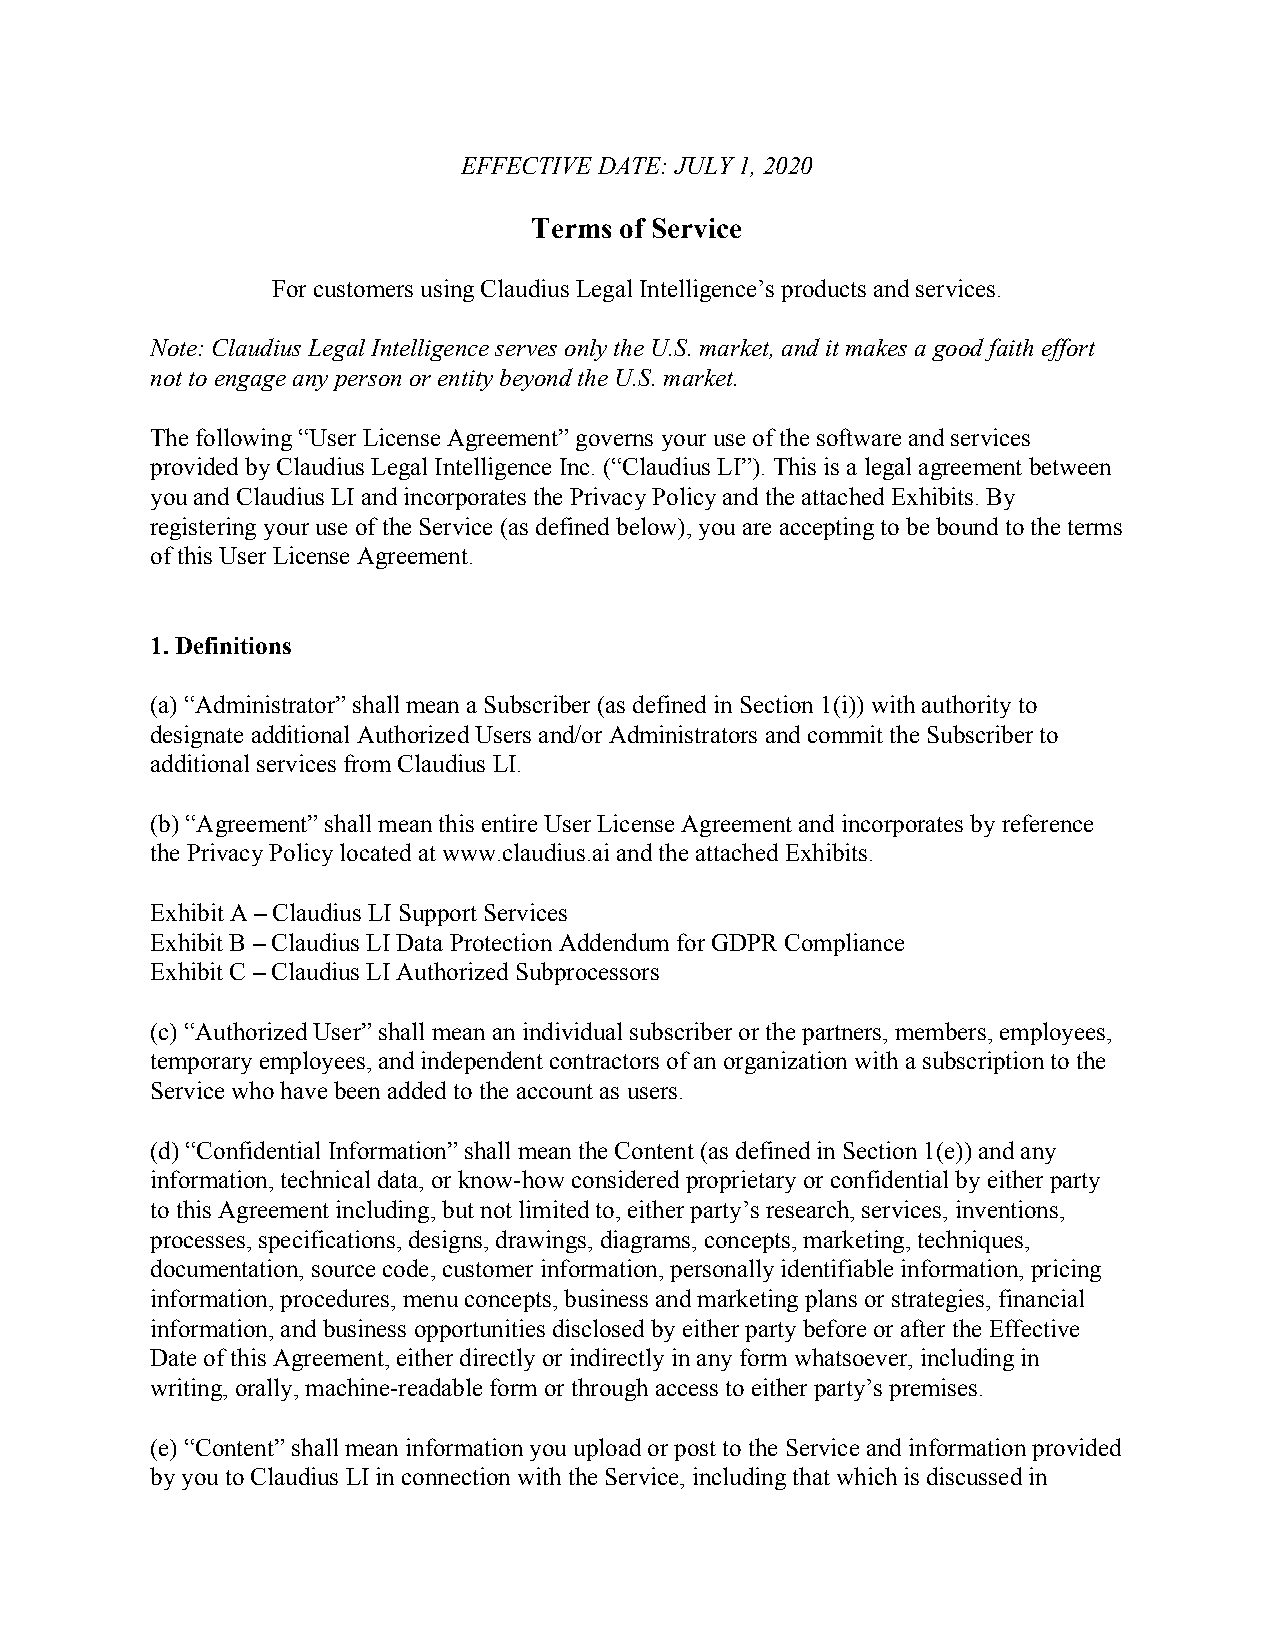
EFFECTIVE DATE: JULY 1, 2020
 Terms of Service
 For customers using Claudius Legal Intelligence’s products and services.
 Note: Claudius Legal Intelligence serves only the U.S. market, and it makes a good faith effort
 not to engage any person or entity beyond the U.S. market.
 The following “User License Agreement” governs your use of the software and services
 provided by Claudius Legal Intelligence Inc. (“Claudius LI”). This is a legal agreement between
 you and Claudius LI and incorporates the Privacy Policy and the attached Exhibits. By
 registering your use of the Service (as defined below), you are accepting to be bound to the terms
 of this User License Agreement.
 1. Definitions
 (a) “Administrator” shall mean a Subscriber (as defined in Section 1(i)) with authority to
 designate additional Authorized Users and/or Administrators and commit the Subscriber to
 additional services from Claudius LI.
 (b) “Agreement” shall mean this entire User License Agreement and incorporates by reference
 the Privacy Policy located at www.claudius.ai and the attached Exhibits.
 Exhibit A – Claudius LI Support Services
 Exhibit B – Claudius LI Data Protection Addendum for GDPR Compliance
 Exhibit C – Claudius LI Authorized Subprocessors
 (c) “Authorized User” shall mean an individual subscriber or the partners, members, employees,
 temporary employees, and independent contractors of an organization with a subscription to the
 Service who have been added to the account as users.
 (d) “Confidential Information” shall mean the Content (as defined in Section 1(e)) and any
 information, technical data, or know-how considered proprietary or confidential by either party
 to this Agreement including, but not limited to, either party’s research, services, inventions,
 processes, specifications, designs, drawings, diagrams, concepts, marketing, techniques,
 documentation, source code, customer information, personally identifiable information, pricing
 information, procedures, menu concepts, business and marketing plans or strategies, financial
 information, and business opportunities disclosed by either party before or after the Effective
 Date of this Agreement, either directly or indirectly in any form whatsoever, including in
 writing, orally, machine-readable form or through access to either party’s premises.
 (e) “Content” shall mean information you upload or post to the Service and information provided
 by you to Claudius LI in connection with the Service, including that which is discussed in